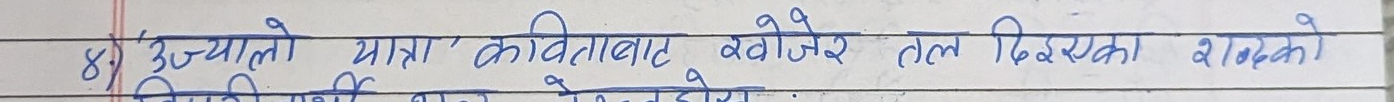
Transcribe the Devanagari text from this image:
८) "उज्यालो यात्रा कविताबाट खोजेर तल दिएका शब्दको